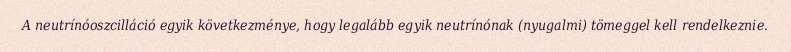
A neutrínóoszcilláció egyik következménye, hogy legalább egyik neutrínónak (nyugalmi) tömeggel kell rendelkeznie.